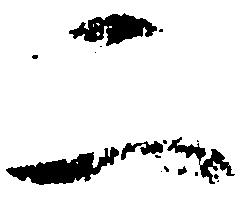
二